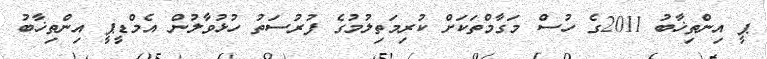
ޕީ އިންތިޚާބު 2011ގެ ހުސް މަގާމްތަކަށް ކުރިމަތިލުމުގެ ފުރުސަތު ހުޅުވާލުން އެމްޑީޕީ އިންތިޚާބު